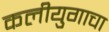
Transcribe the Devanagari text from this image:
कलीयुगाचा